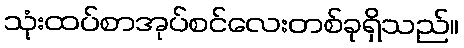
သုံးထပ်စာအုပ်စင်လေးတစ်ခုရှိသည်။